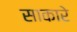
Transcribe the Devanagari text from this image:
साकारे